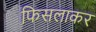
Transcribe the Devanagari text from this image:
फिसलाकर